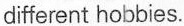
different hobbies.